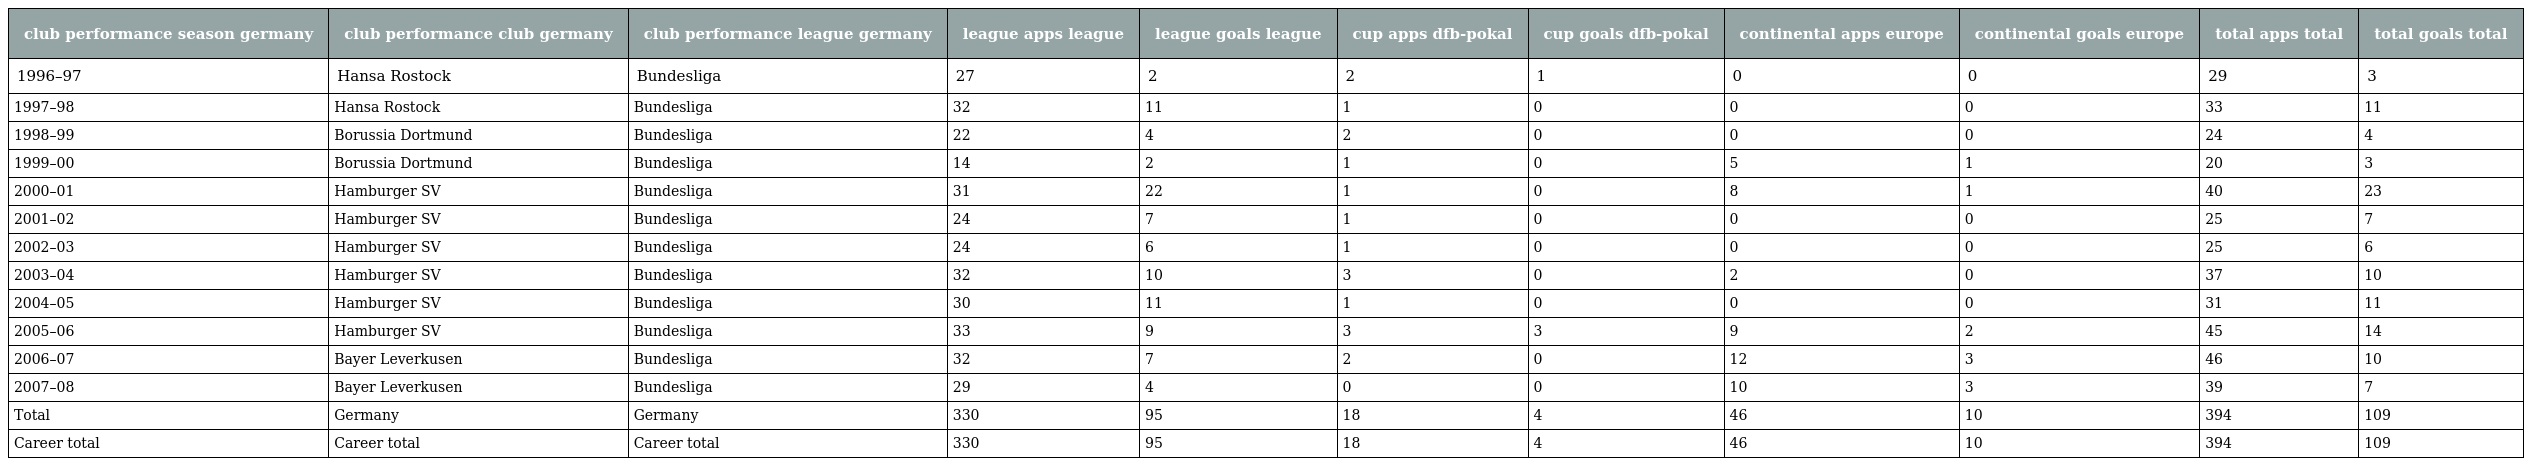
| club performance season germany | club performance club germany | club performance league germany | league apps league | league goals league | cup apps dfb-pokal | cup goals dfb-pokal | continental apps europe | continental goals europe | total apps total | total goals total |
 | --- | --- | --- | --- | --- | --- | --- | --- | --- | --- | --- |
 | 1996–97 | Hansa Rostock | Bundesliga | 27 | 2 | 2 | 1 | 0 | 0 | 29 | 3 |
 | 1997–98 | Hansa Rostock | Bundesliga | 32 | 11 | 1 | 0 | 0 | 0 | 33 | 11 |
 | 1998–99 | Borussia Dortmund | Bundesliga | 22 | 4 | 2 | 0 | 0 | 0 | 24 | 4 |
 | 1999–00 | Borussia Dortmund | Bundesliga | 14 | 2 | 1 | 0 | 5 | 1 | 20 | 3 |
 | 2000–01 | Hamburger SV | Bundesliga | 31 | 22 | 1 | 0 | 8 | 1 | 40 | 23 |
 | 2001–02 | Hamburger SV | Bundesliga | 24 | 7 | 1 | 0 | 0 | 0 | 25 | 7 |
 | 2002–03 | Hamburger SV | Bundesliga | 24 | 6 | 1 | 0 | 0 | 0 | 25 | 6 |
 | 2003–04 | Hamburger SV | Bundesliga | 32 | 10 | 3 | 0 | 2 | 0 | 37 | 10 |
 | 2004–05 | Hamburger SV | Bundesliga | 30 | 11 | 1 | 0 | 0 | 0 | 31 | 11 |
 | 2005–06 | Hamburger SV | Bundesliga | 33 | 9 | 3 | 3 | 9 | 2 | 45 | 14 |
 | 2006–07 | Bayer Leverkusen | Bundesliga | 32 | 7 | 2 | 0 | 12 | 3 | 46 | 10 |
 | 2007–08 | Bayer Leverkusen | Bundesliga | 29 | 4 | 0 | 0 | 10 | 3 | 39 | 7 |
 | Total | Germany | Germany | 330 | 95 | 18 | 4 | 46 | 10 | 394 | 109 |
 | Career total | Career total | Career total | 330 | 95 | 18 | 4 | 46 | 10 | 394 | 109 |